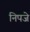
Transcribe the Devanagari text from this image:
निपजे